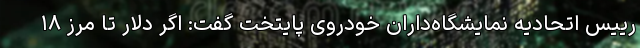
رییس اتحادیه نمایشگاه‌داران خودروی پایتخت گفت: اگر دلار تا مرز ۱۸